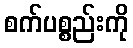
စက်ပစ္စည်းကို